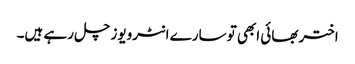
اختر بھائی ابھی تو سارے انٹرویوز چل رہے ہیں۔